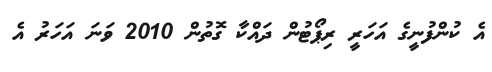
އެ ކުންފުނީގެ އަހަރީ ރިޕޯޓުން ދައްކާ ގޮތުން 2010 ވަނަ އަހަރު އެ